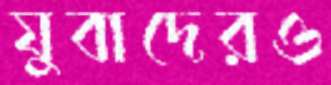
যুবাদেরও